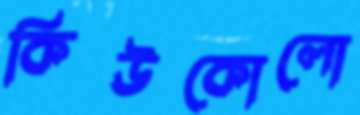
কিউকোলো